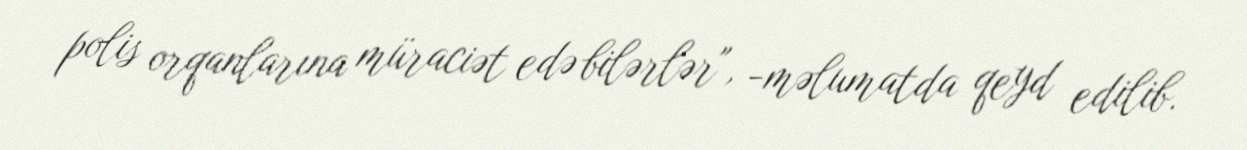
polis orqanlarına müraciət edə bilərlər", -məlumatda qeyd edilib.